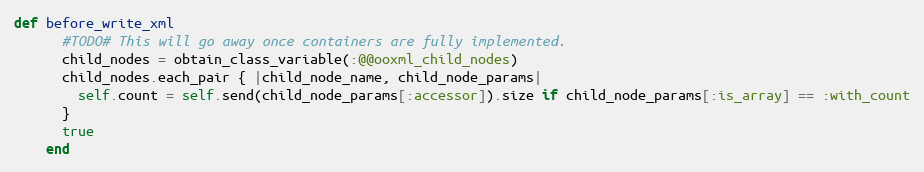
Language: Ruby
def before_write_xml
      #TODO# This will go away once containers are fully implemented.
      child_nodes = obtain_class_variable(:@@ooxml_child_nodes)
      child_nodes.each_pair { |child_node_name, child_node_params|
        self.count = self.send(child_node_params[:accessor]).size if child_node_params[:is_array] == :with_count
      }
      true
    end